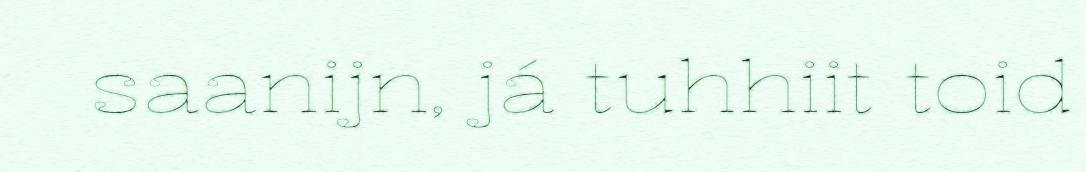
saanijn, já tuhhiit toid